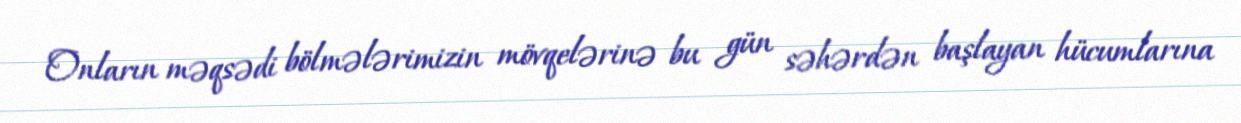
Onların məqsədi bölmələrimizin mövqelərinə bu gün səhərdən başlayan hücumlarına